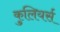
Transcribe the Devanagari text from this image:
कुलियर्स